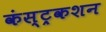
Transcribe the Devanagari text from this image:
कंस्ट्रकशन